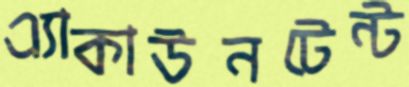
এ্যাকাউনটেন্ট